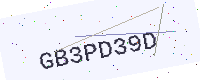
Text: GB3PD39D